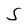
Character: S